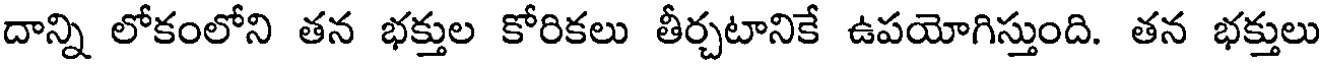
దాన్ని లోకంలోని తన భక్తుల కోరికలు తీర్చటానికే ఉపయోగిస్తుంది. తన భక్తులు